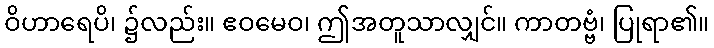
ဝိဟာရေပိ၊ ၌လည်း။ ဧဝမေဝ၊ ဤအတူသာလျှင်။ ကာတဗ္ဗံ၊ ပြုရာ၏။